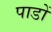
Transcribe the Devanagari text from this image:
पाडों